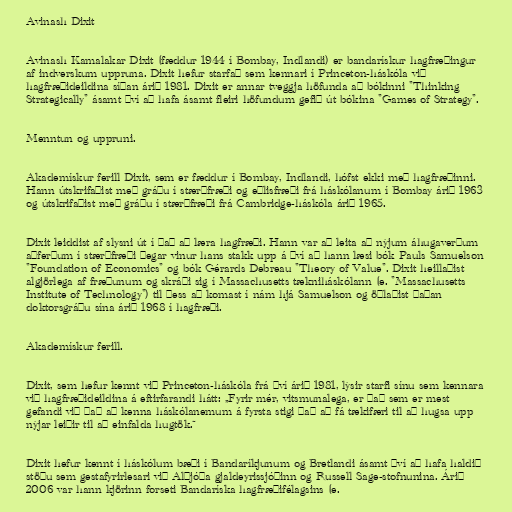
Avinash Dixit

Avinash Kamalakar Dixit (fæddur 1944 í Bombay, Indlandi) er bandarískur hagfræðingur
af indverskum uppruna. Dixit hefur starfað sem kennari í Princeton-háskóla við
hagfræðideildina síðan árið 1981. Dixit er annar tveggja höfunda að bókinni "Thinking
Strategically" ásamt því að hafa ásamt fleiri höfundum gefið út bókina "Games of Strategy".

Menntun og uppruni.

Akademískur ferill Dixit, sem er fæddur í Bombay, Indlandi, hófst ekki með hagfræðinni.
Hann útskrifaðist með gráðu í stærðfræði og eðlisfræði frá háskólanum í Bombay árið 1963
og útskrifaðist með gráðu í stærðfræði frá Cambridge-háskóla árið 1965.

Dixit leiddist af slysni út í það að læra hagfræði. Hann var að leita að nýjum áhugaverðum
aðferðum í stærðfræði þegar vinur hans stakk upp á því að hann læsi bók Pauls Samuelson
"Foundation of Economics" og bók Gérards Debreau "Theory of Value". Dixit heillaðist
algjörlega af fræðunum og skráði sig í Massachusetts tækniháskólann (e. "Massachusetts
Institute of Technology") til þess að komast í nám hjá Samuelson og öðlaðist þaðan
doktorsgráðu sína árið 1968 í hagfræði.

Akademískur ferill.

Dixit, sem hefur kennt við Princeton-háskóla frá því árið 1981, lýsir starfi sínu sem kennara
við hagfræðideildina á eftirfarandi hátt: „Fyrir mér, vitsmunalega, er það sem er mest
gefandi við það að kenna háskólanemum á fyrsta stigi það að fá tækifæri til að hugsa upp
nýjar leiðir til að einfalda hugtök.“

Dixit hefur kennt í háskólum bæði í Bandaríkjunum og Bretlandi ásamt því að hafa haldið
stöðu sem gestafyrirlesari við Alþjóða gjaldeyrissjóðinn og Russell Sage-stofnunina. Árið
2006 var hann kjörinn forseti Bandaríska hagfræðifélagsins (e.